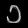
Digit: ၁